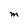
Character: M